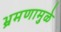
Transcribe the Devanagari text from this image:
भ्रमणामुळे